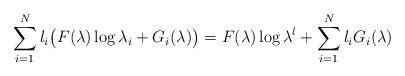
LaTeX: \begin{align*}\sum_{i=1}^N l_i\big(F(\lambda)\log\lambda_i + G_i(\lambda)\big) = F(\lambda)\log\lambda^l + \sum_{i=1}^N l_iG_i(\lambda)\end{align*}